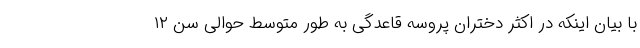
با بیان اینکه در اکثر دختران پروسه قاعدگی به طور متوسط حوالی سن ۱۲